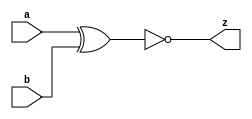
// This program was cloned from: https://github.com/aolofsson/oh
// License: MIT License

//#############################################################################
//# Function: 2-Input Exclusive-Nor Gate                                      #
//# Copyright: OH Project Authors. ALl rights Reserved.                       #
//# License:  MIT (see LICENSE file in OH repository)                         #
//#############################################################################

module asic_xnor2 #(parameter PROP = "DEFAULT")   (
    input  a,
    input  b,
    output z
    );

   assign z =  ~(a ^ b);

endmodule